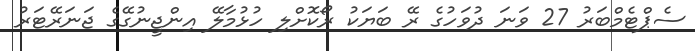
ސެޕްޓެމްބަރު 27 ވަނަ ދުވަހުގެ ރޭ ބަޔަކު ރޯކޮށްލި ހުޅުމާލޭ އިންޖީނުގޭގެ ޖަނަރޭޓަރު